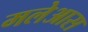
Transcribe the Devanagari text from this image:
मलेआस